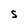
Character: S